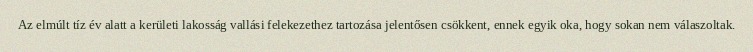
Az elmúlt tíz év alatt a kerületi lakosság vallási felekezethez tartozása jelentősen csökkent, ennek egyik oka, hogy sokan nem válaszoltak.